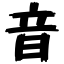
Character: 音